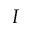
I